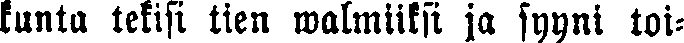
kunta tekisi tien walmiiksi ja syyni toi-